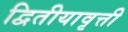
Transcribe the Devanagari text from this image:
द्वितीयावृत्ती